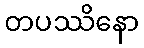
တပဿိနော